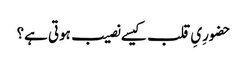
حضورِیِ قلب کیسے نصیب ہوتی ہے؟